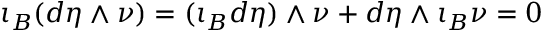
\iota _ { B } ( d \eta \wedge \nu ) = ( \iota _ { B } d \eta ) \wedge \nu + d \eta \wedge \iota _ { B } \nu = 0